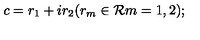
c = r _ { 1 } + i r _ { 2 } ( r _ { m } \in { \cal R } m = 1 , 2 ) ;